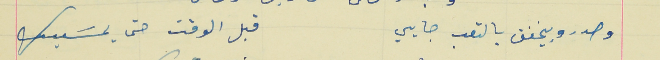
وصدرو بيخفق بالتعب جايي                                  قبل الوقت حتى يمسَيك